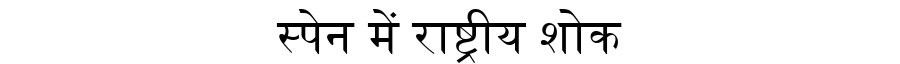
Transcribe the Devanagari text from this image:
स्पेन में राष्ट्रीय शोक